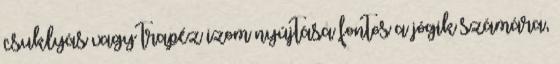
csuklyás vagy trapéz izom nyújtása fontos a jógik számára,